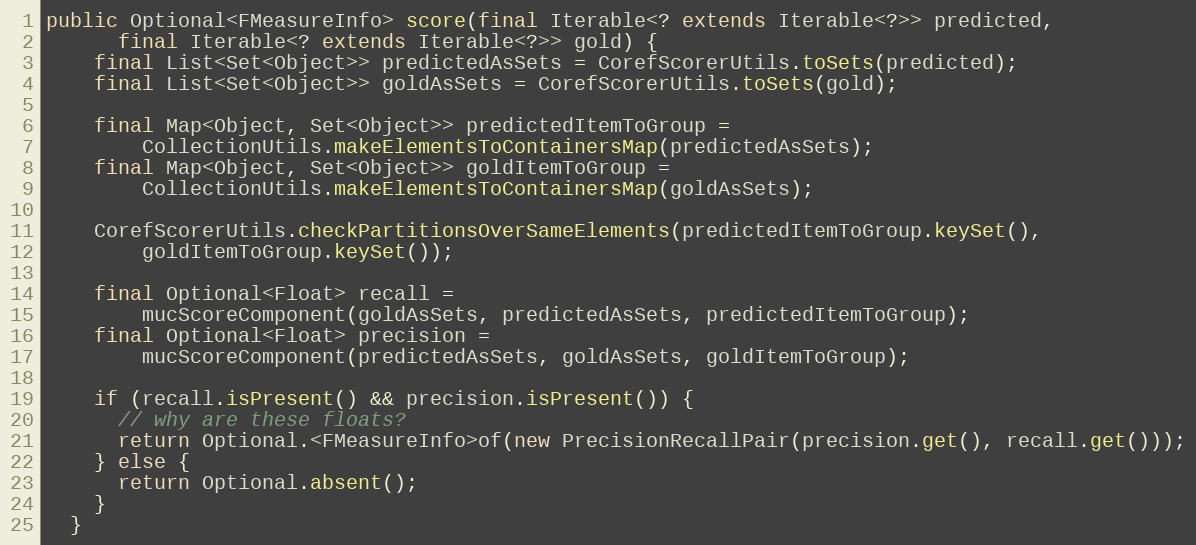
Language: Java
public Optional<FMeasureInfo> score(final Iterable<? extends Iterable<?>> predicted,
      final Iterable<? extends Iterable<?>> gold) {
    final List<Set<Object>> predictedAsSets = CorefScorerUtils.toSets(predicted);
    final List<Set<Object>> goldAsSets = CorefScorerUtils.toSets(gold);

    final Map<Object, Set<Object>> predictedItemToGroup =
        CollectionUtils.makeElementsToContainersMap(predictedAsSets);
    final Map<Object, Set<Object>> goldItemToGroup =
        CollectionUtils.makeElementsToContainersMap(goldAsSets);

    CorefScorerUtils.checkPartitionsOverSameElements(predictedItemToGroup.keySet(),
        goldItemToGroup.keySet());

    final Optional<Float> recall =
        mucScoreComponent(goldAsSets, predictedAsSets, predictedItemToGroup);
    final Optional<Float> precision =
        mucScoreComponent(predictedAsSets, goldAsSets, goldItemToGroup);

    if (recall.isPresent() && precision.isPresent()) {
      // why are these floats?
      return Optional.<FMeasureInfo>of(new PrecisionRecallPair(precision.get(), recall.get()));
    } else {
      return Optional.absent();
    }
  }